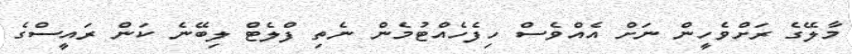
މާލޭގެ ރަށްވެހީން ނަށް އެއްވެސް ހިފެހެއްޓުމެން ނެތި ފްލެޓް ލިބޭނެ ކަން ރައީސްގެ